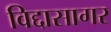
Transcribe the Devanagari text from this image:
विद्दासागर